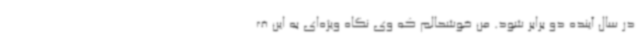
در سال آینده دو برابر شود. من خوشحالم که وی نگاه ویژه‌ای به این ف